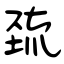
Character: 巯